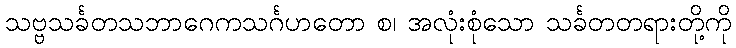
သဗ္ဗသင်္ခတသဘာဂေကသင်္ဂဟတော စ၊ အလုံးစုံသော သင်္ခတတရားတို့ကို